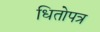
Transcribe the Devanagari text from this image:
धितोपत्र